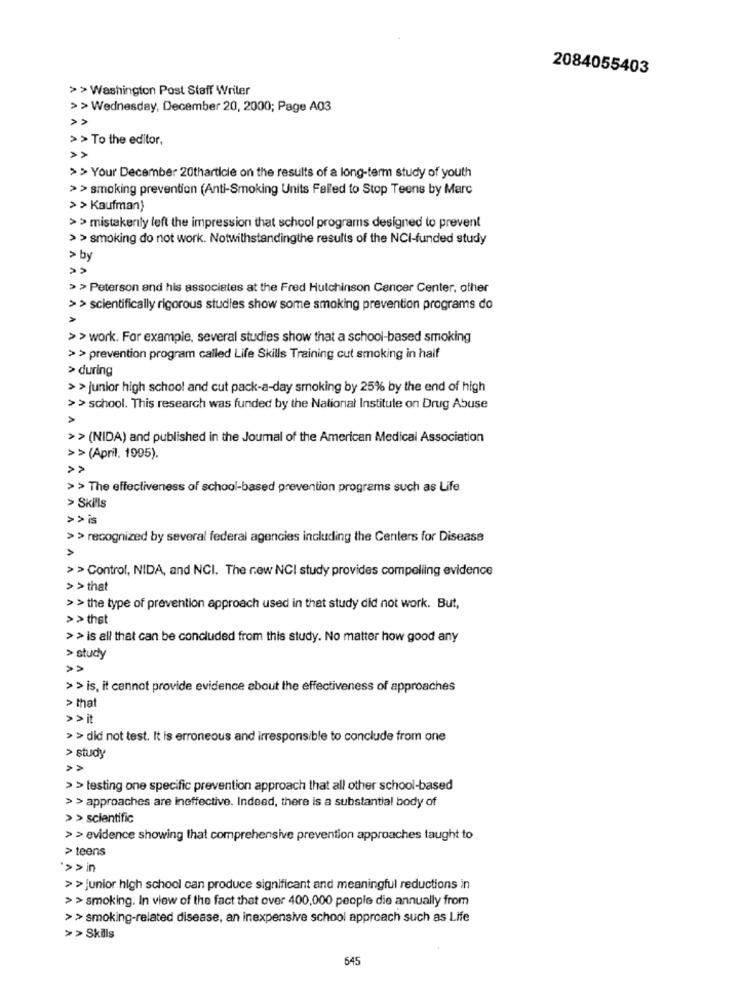
2084055403
>> Washington Post Staff Writer
>> Wednesday, December 20, 2000; Page A03
> > To the editor,
>> Your December 20tharticle on the results of a long-term study of youth
> > smoking prevention (Anti-Smoking Units Failed to Stop Teens by Marc
> > Kaufman)
>> mistakenly left the impression that school programs designed to prevent
> > smoking do not work. Notwithstandingthe results of the NCI-funded study
> by
> > Peterson and his associates at the Fred Hutchinson Cancer Center, other
> > scientifically rigorous studies show some smoking prevention programs do
> > work. For example, several studies show that a school-based smoking
> > prevention program called Life Skills Training cut smoking in half
> during
> > junior high school and cut pack-a-day smoking by 25% by the end of high
>> school. This research was funded by the National Institute on Drug Abuse
>> (NIDA) and published in the Journal of the American Medical Association
>> (April. 1995).
>> The effectiveness of school-based prevention programs such as Life
> Skills
>> is
> > recognized by several federal agencies including the Centers for Disease
> > Control, NIDA, and NCI. The new NCI study provides compelling evidence
> > that
> > the type of prevention approach used in that study did not work. But,
> > thst
>> is all that can be concluded from this study. No matter how good any
> study
>> is, it cannot provide evidence about the effectiveness of approaches
> that
>> it
>> did not test. It is erroneous and irresponsible to conclude from one
> study
>>
> > testing one specific prevention approach that all other school-based
> > approaches are ineffective. Indeed, there is a substantial body of
> > scientific
> > evidence showing that comprehensive prevention approaches taught to
> teens
*>> in
>> junior high school can produce significant and meaningful reductions in
> > smoking. In view of the fact that over 400,000 people die annually from
>> smoking-related disease, an inexpensive school approach such as Life
> > Skils
645